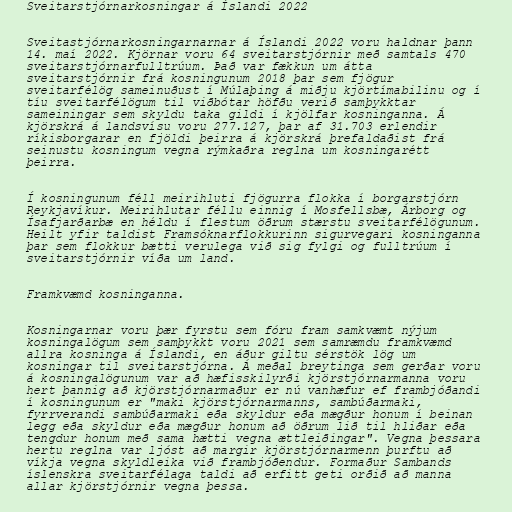
Sveitarstjórnarkosningar á Íslandi 2022

Sveitastjórnarkosningarnarnar á Íslandi 2022 voru haldnar þann
14. maí 2022. Kjörnar voru 64 sveitarstjórnir með samtals 470
sveitarstjórnarfulltrúum. Það var fækkun um átta
sveitarstjórnir frá kosningunum 2018 þar sem fjögur
sveitarfélög sameinuðust í Múlaþing á miðju kjörtímabilinu og í
tíu sveitarfélögum til viðbótar höfðu verið samþykktar
sameiningar sem skyldu taka gildi í kjölfar kosninganna. Á
kjörskrá á landsvísu voru 277.127, þar af 31.703 erlendir
ríkisborgarar en fjöldi þeirra á kjörskrá þrefaldaðist frá
seinustu kosningum vegna rýmkaðra reglna um kosningarétt
þeirra.

Í kosningunum féll meirihluti fjögurra flokka í borgarstjórn
Reykjavíkur. Meirihlutar féllu einnig í Mosfellsbæ, Árborg og
Ísafjarðarbæ en héldu í flestum öðrum stærstu sveitarfélögunum.
Heilt yfir taldist Framsóknarflokkurinn sigurvegari kosninganna
þar sem flokkur bætti verulega við sig fylgi og fulltrúum í
sveitarstjórnir víða um land.

Framkvæmd kosninganna.

Kosningarnar voru þær fyrstu sem fóru fram samkvæmt nýjum
kosningalögum sem samþykkt voru 2021 sem samræmdu framkvæmd
allra kosninga á Íslandi, en áður giltu sérstök lög um
kosningar til sveitarstjórna. Á meðal breytinga sem gerðar voru
á kosningalögunum var að hæfisskilyrði kjörstjórnarmanna voru
hert þannig að kjörstjórnarmaður er nú vanhæfur ef frambjóðandi
í kosningunum er "maki kjörstjórnarmanns, sambúðarmaki,
fyrrverandi sambúðarmaki eða skyldur eða mægður honum í beinan
legg eða skyldur eða mægður honum að öðrum lið til hliðar eða
tengdur honum með sama hætti vegna ættleiðingar". Vegna þessara
hertu reglna var ljóst að margir kjörstjórnarmenn þurftu að
víkja vegna skyldleika við frambjóðendur. Formaður Sambands
íslenskra sveitarfélaga taldi að erfitt geti orðið að manna
allar kjörstjórnir vegna þessa.